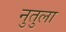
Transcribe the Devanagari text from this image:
नुतुला